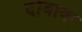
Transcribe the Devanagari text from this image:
दोवावा